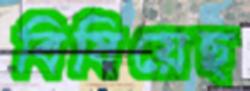
বিষিয়েছ